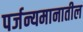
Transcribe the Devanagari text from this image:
पर्जन्यमानातील